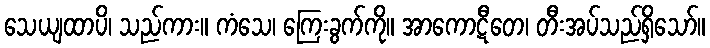
သေယျထာပိ၊ သည်ကား။ ကံသေ၊ ကြေးခွက်ကို။ အာကောဋီတေ၊ တီးအပ်သည်ရှိသော်။